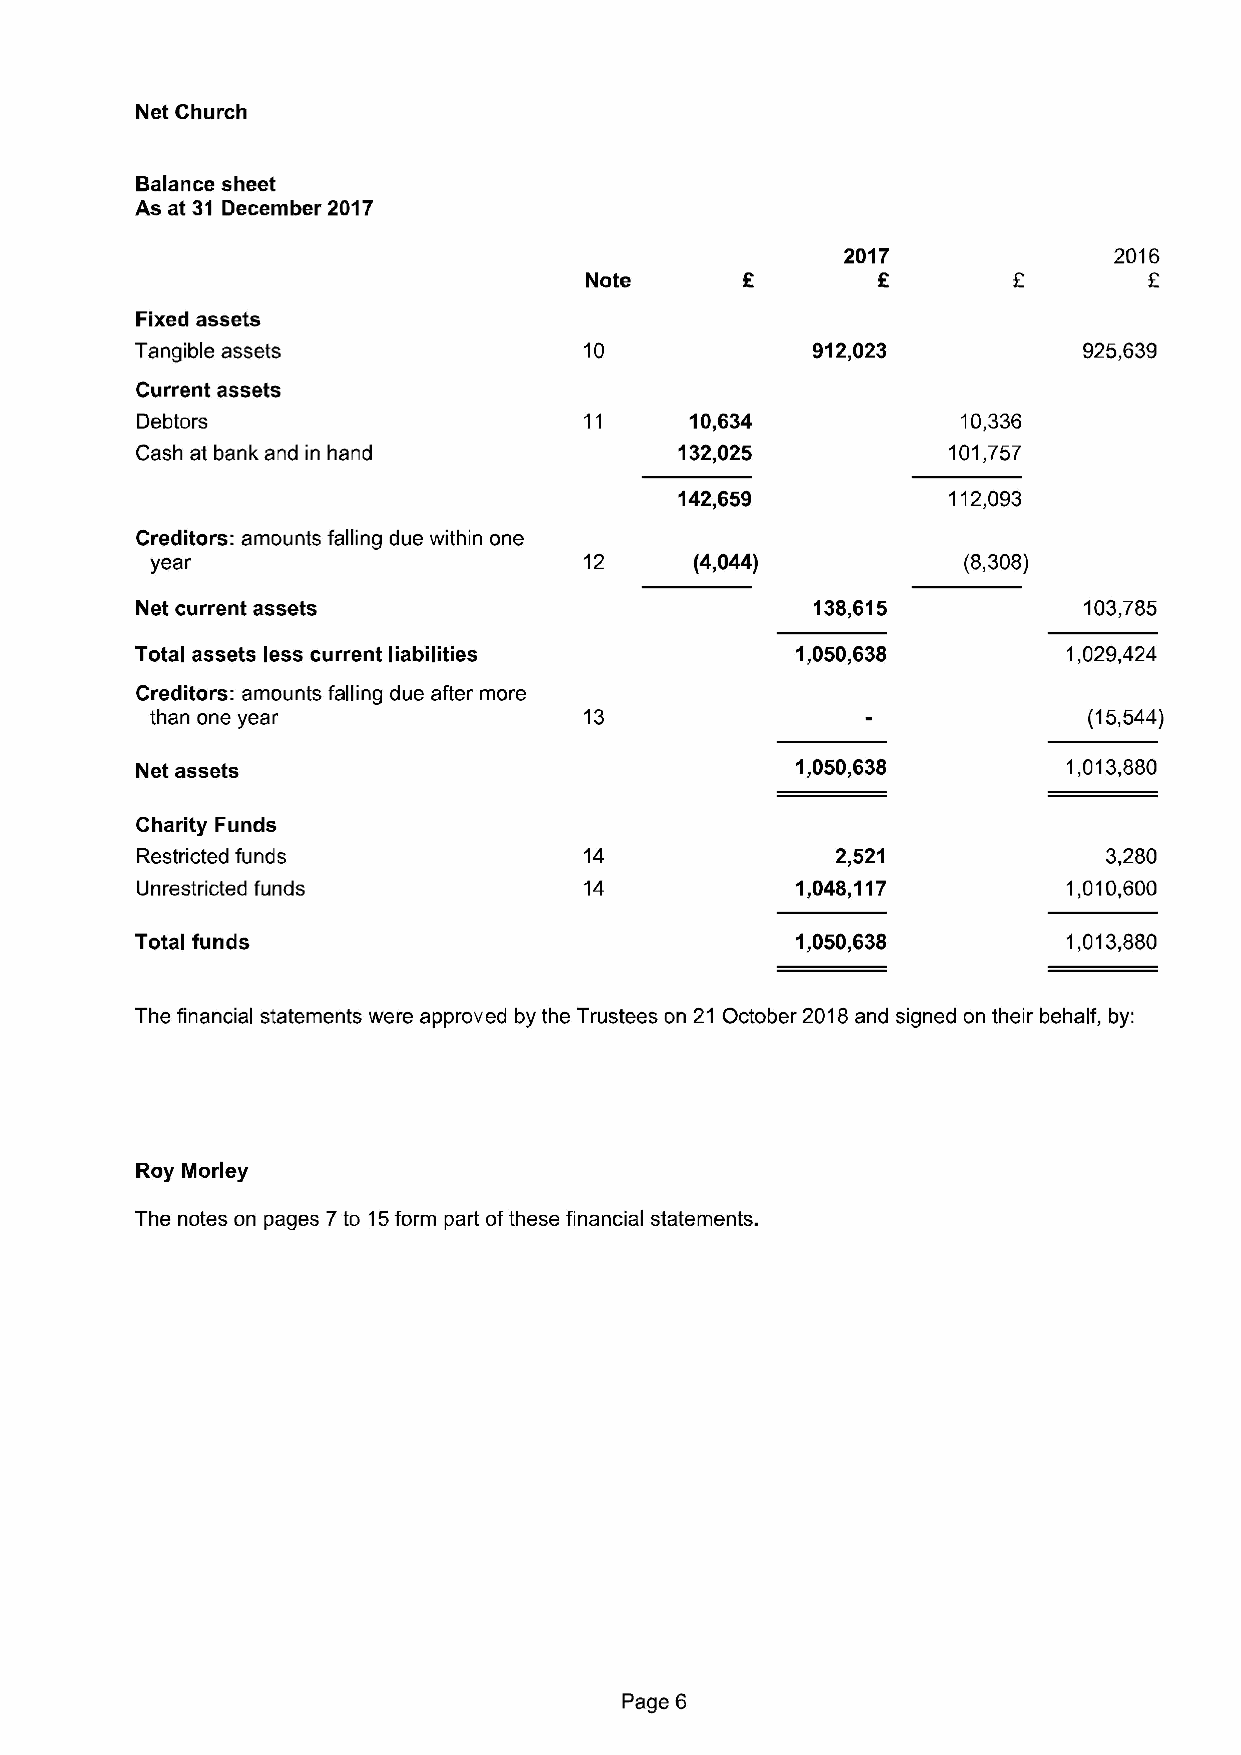
Net Church
 Balance sheet
 As at 31 December 2017
 2017              2016
 Note
 Fixed assets
 Tangible assets               10             912,023           925,639
 Current assets
 Debtors                              10,634            10,336
 Cash at bank and in hand            132,025           101,757
 142,659           112,093
 Creditors amounts falling due within one
 year                         12     (4,044)           (8,308)
 Net current assets                           138,615           103,785
 Total assets less current liabilities       1,050,638         1,029,424
 Creditors. amounts falling due after more
 than one year                13                               (15,544)
 Net assets                                  1,050,638         1,013,880
 Charity Funds
 Restricted funds              14              2,521             3,280
 Unrestricted funds            14            1,048,117         1,010,600
 Total funds                                 1,050,638         1,013,880
 The financial statements were approved by the Trustees on 21 October 2018and signed on their behalf, by:
 Roy Morley
 The notes on pages 7to 15form part ofthese financial statements.
 Page 6